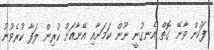
ފަހުން ވާނޭ ގޮތް އެނގުނީ ނޫން ކަމަށާއި އޭނާއަށް ކުރިން ލަފާ ކުރެވުނު